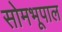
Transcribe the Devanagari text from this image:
सोमभूपाल